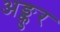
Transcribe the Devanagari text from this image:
अङ्कुर